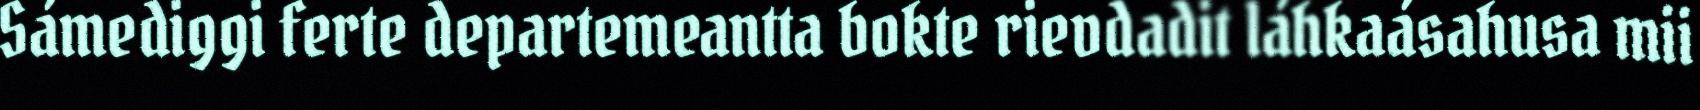
Sámediggi ferte departemeantta bokte rievdadit láhkaásahusa mii